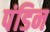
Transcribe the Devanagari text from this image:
पंडिन